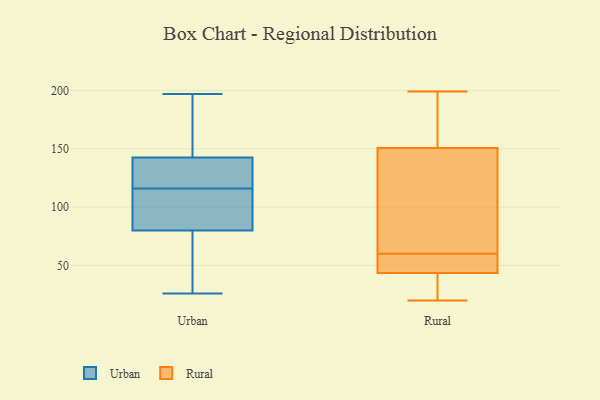
{"axis": {"x": "Production Output", "y": "Value"}, "legend": ["Rural", "Urban"], "data": [{"x": "", "y": 101, "type": "Urban"}, {"x": "", "y": 116, "type": "Urban"}, {"x": "", "y": 197, "type": "Urban"}, {"x": "", "y": 28, "type": "Urban"}, {"x": "", "y": 86, "type": "Urban"}, {"x": "", "y": 78, "type": "Urban"}, {"x": "", "y": 26, "type": "Urban"}, {"x": "", "y": 141, "type": "Urban"}, {"x": "", "y": 118, "type": "Urban"}, {"x": "", "y": 143, "type": "Urban"}, {"x": "", "y": 30, "type": "Urban"}, {"x": "", "y": 177, "type": "Urban"}, {"x": "", "y": 186, "type": "Urban"}, {"x": "", "y": 117, "type": "Urban"}, {"x": "", "y": 96, "type": "Urban"}, {"x": "", "y": 44, "type": "Urban"}, {"x": "", "y": 88, "type": "Urban"}, {"x": "", "y": 156, "type": "Urban"}, {"x": "", "y": 139, "type": "Urban"}, {"x": "", "y": 55, "type": "Rural"}, {"x": "", "y": 164, "type": "Rural"}, {"x": "", "y": 85, "type": "Rural"}, {"x": "", "y": 60, "type": "Rural"}, {"x": "", "y": 193, "type": "Rural"}, {"x": "", "y": 86, "type": "Rural"}, {"x": "", "y": 31, "type": "Rural"}, {"x": "", "y": 199, "type": "Rural"}, {"x": "", "y": 39, "type": "Rural"}, {"x": "", "y": 183, "type": "Rural"}, {"x": "", "y": 51, "type": "Rural"}, {"x": "", "y": 55, "type": "Rural"}, {"x": "", "y": 111, "type": "Rural"}, {"x": "", "y": 20, "type": "Rural"}, {"x": "", "y": 41, "type": "Rural"}]}